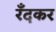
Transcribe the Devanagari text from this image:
रँदकर